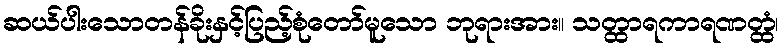
ဆယ်ပါးသောတန်ခိုးနှင့်ပြည့်စုံတော်မူသော ဘုရားအား။ သတ္ထာရကာရဏတ္ထံ၊